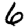
Digit: 6